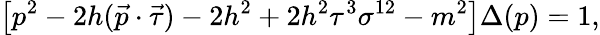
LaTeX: \left[p^{2}-2h(\vec{p}\cdot\vec{\tau})-2h^{2}+2h^{2}\tau^{3}\sigma^{12}-m^{2}\right]\Delta(p)=1,